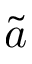
\tilde { a }